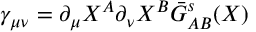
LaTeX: \gamma _ { \mu \nu } = \partial _ { \mu } X ^ { A } \partial _ { \nu } X ^ { B } \bar { G } _ { A B } ^ { s } ( X )